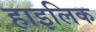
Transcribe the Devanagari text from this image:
हाइलिक